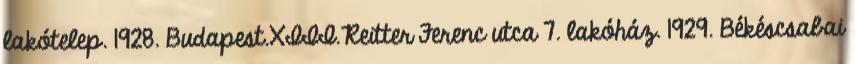
lakótelep. 1928. Budapest.XIII.Reitter Ferenc utca 7. lakóház. 1929. Békéscsabai